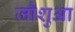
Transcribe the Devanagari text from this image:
जौशुआ